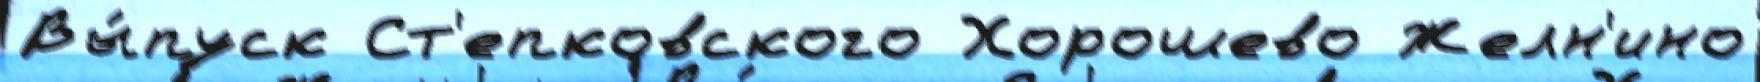
Вы́пуск Ст'епковского Хорошево Желн'ино